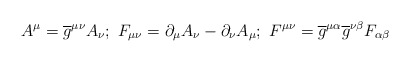
\begin{align*}A^{\mu}=\overline{g}^{\mu\nu}A_{\nu}; \ F_{\mu\nu}=\partial_{\mu}A_{\nu}-\partial_{\nu}A_{\mu}; \ F^{\mu\nu}=\overline{g}^{\mu\alpha}\overline{g}^{\nu\beta}F_{\alpha\beta} \end{align*}